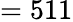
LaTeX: =511